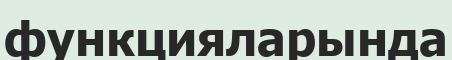
функцияларында